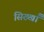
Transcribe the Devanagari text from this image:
सिख्खाँ